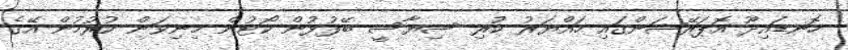
ހޮނޑައިދޫ އޮޕަރޭޝަންގައި ހައްޔަރު ކުރި ސިޔާސީ ބޭފުޅުން ކޯޓުން މިނިވަން ކުރުމުން އޭގެ